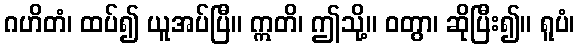
ဂဟိတံ၊ ထပ်၍ ယူအပ်ပြီ။ ဣတိ၊ ဤသို့။ ဝတွာ၊ ဆိုပြီး၍။ ရူပံ၊